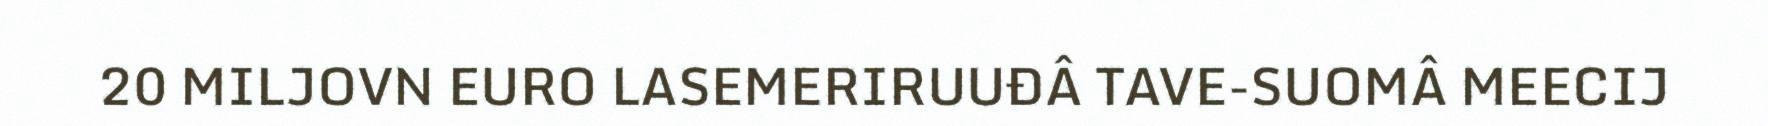
20 MILJOVN EURO LASEMERIRUUĐÂ TAVE-SUOMÂ MEECIJ